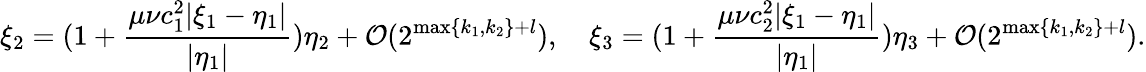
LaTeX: \xi_{2}=(1+\frac{\mu\nu c_{1}^{2}|\xi_{1}-\eta_{1}|}{|\eta_{1}|})\eta_{2}+\mathcal{O}(2^{\operatorname*{max}\{ k_{1},k_{2}\} +l}),\quad\xi_{3}=(1+\frac{\mu\nu c_{2}^{2}|\xi_{1}-\eta_{1}|}{|\eta_{1}|})\eta_{3}+\mathcal{O}(2^{\operatorname*{max}\{ k_{1},k_{2}\} +l}).